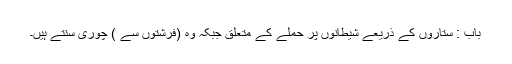
باب : ستاروں کے ذریعے شیطانوں پر حملے کے متعلق جبکہ وہ (فرشتوں سے ) چوری سنتے ہیں۔